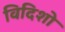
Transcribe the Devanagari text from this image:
विदिशो